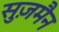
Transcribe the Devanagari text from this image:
सुज़मैन